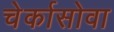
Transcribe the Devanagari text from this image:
चेर्कासोवा